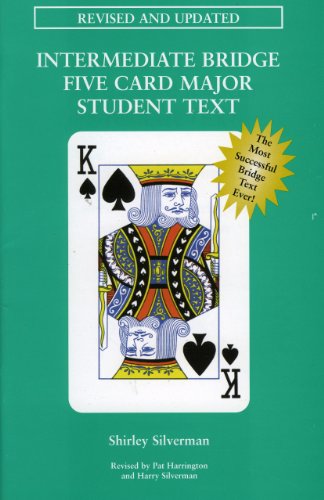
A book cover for Intermediate Bridge Five Card Major Student Text; Shirley Silverman; Humor & Entertainment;